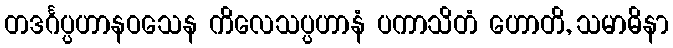
တဒင်္ဂပ္ပဟာနဝသေန ကိလေသပ္ပဟာနံ ပကာသိတံ ဟောတိ, သမာဓိနာ